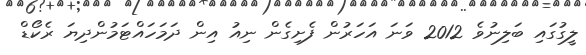
ލީގުގައި ބަލިނުވެ 2012 ވަނަ އަހަރުން ފެށިގެން ނިއު އިން ދަމަހައްޓަމުންދިޔަ ރެކޯޑް